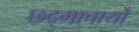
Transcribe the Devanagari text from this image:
छद्माचार्यों